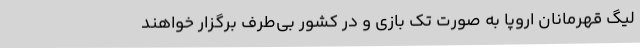
لیگ قهرمانان اروپا به صورت تک بازی و در کشور بی‌طرف برگزار خواهند